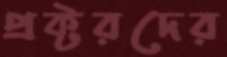
প্রক্টরদের